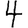
Digit: 4